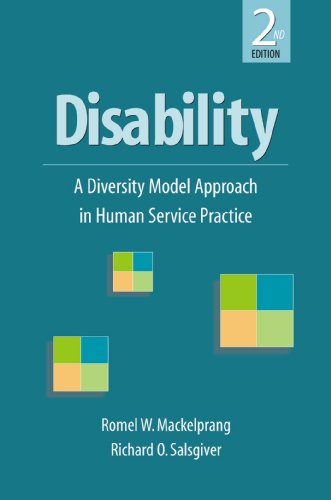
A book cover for Disability: A Diversity Model Approach in Human Service Practice; Romel W. Mackelprang; Health, Fitness & Dieting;